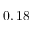
0 , 1 8